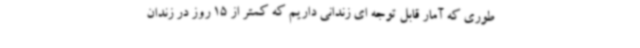
طوری که آمار قابل توجه ای زندانی داریم که کمتر از 15 روز در زندان